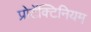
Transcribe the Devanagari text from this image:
प्रोटॅक्टिनियम